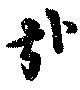
哉